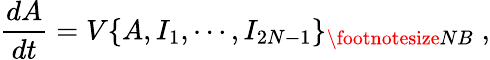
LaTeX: \frac{dA}{dt}=V\{ A,I_{1},\cdots,I_{2N-1}\} _{{\footnotesize NB}}\; ,